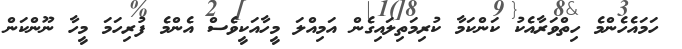
ހަމައެހެންމެ ހިތްވަރާއެކު ކަންކަމާ ކުރިމަތިލައިގެން އަމިއްލަ މީހާއަކީވެސް އެންމެ ފުރިހަމަ މީހާ ނޫންކަން